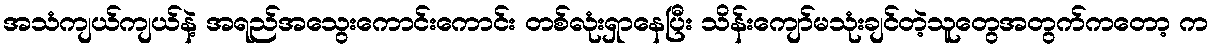
အသံကျယ်ကျယ်နဲ့ အရည်အသွေးကောင်းကောင်း တစ်လုံးရှာနေပြီး သိန်းကျော်မသုံးချင်တဲ့သူတွေအတွက်ကတော့ က